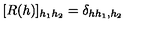
[ R ( h ) ] _ { h _ { 1 } h _ { 2 } } = \delta _ { h h _ { 1 } , h _ { 2 } }